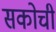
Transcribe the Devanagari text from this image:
सकोची